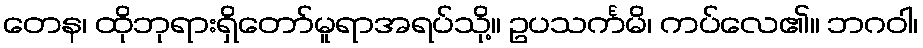
တေန၊ ထိုဘုရားရှိတော်မူရာအရပ်သို့။ ဥပသင်္ကမိ၊ ကပ်လေ၏။ ဘဂဝါ၊